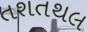
તશતથલ